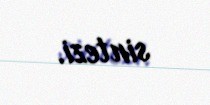
sintezi.